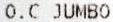
O.C JUMBO